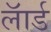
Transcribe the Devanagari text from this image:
लॅार्ड